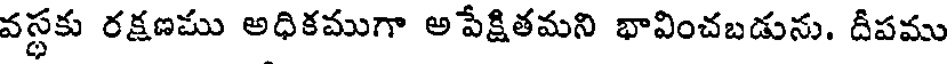
వస్థకు రక్షణము అధికముగా అ పేక్షితమని భావించబడును. దీపము